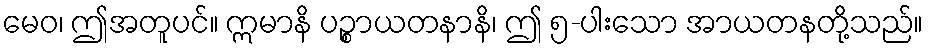
မေဝ၊ ဤအတူပင်။ ဣမာနိ ပဉ္စာယတနာနိ၊ ဤ ၅-ပါးသော အာယတနတို့သည်။